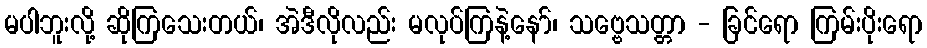
မပါဘူးလို့ ဆိုကြသေးတယ်၊ အဲဒီလိုလည်း မလုပ်ကြနဲ့နော်၊ သဗ္ဗေသတ္တာ - ခြင်ရော ကြမ်းပိုးရော